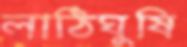
লাঠিঘুষি